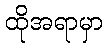
ထိုအရာမှာ